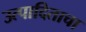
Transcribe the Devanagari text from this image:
उत्पादिताचा